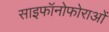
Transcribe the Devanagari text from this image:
साइफॉनोफोराओं